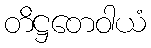
တိဋ္ဌတေဝါယံ